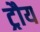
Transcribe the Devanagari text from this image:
ट्रौय